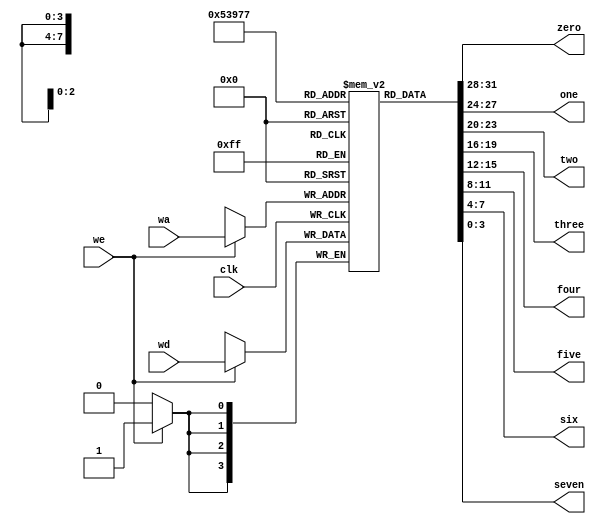
`timescale 1ns / 1ps
//////////////////////////////////////////////////////////////////////////////////
// Company: 
// Engineer: 
// 
// Design Name: 
// Module Name: drom
// Project Name: 
// Target Devices: 
// Tool Versions: 
// Description: 
// 
// Dependencies: 
// 
// Revision:
// Revision 0.01 - File Created
// Additional Comments:
// 
//////////////////////////////////////////////////////////////////////////////////


module drom(
	input clk, we, 
	input [2:0] wa,
	input [3:0] wd,
	output [3:0] zero, one, two, three, four, five, six, seven

    );

reg [3:0] data[7:0];

always@(posedge clk) begin
	if (we) begin
		data[wa]<=wd;
	end
end

assign zero  = data[3'b000] ;
assign one   = data[3'b001] ;
assign two   = data[3'b010] ;
assign three = data[3'b011] ;
assign four  = data[3'b100] ;
assign five  = data[3'b101] ;
assign six   = data[3'b110] ;
assign seven = data[3'b111] ;
endmodule